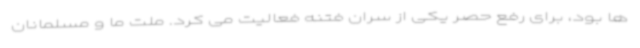
ها بود، برای رفع حصر یکی از سران فتنه فعالیت می کرد. ملت ما و مسلمانان